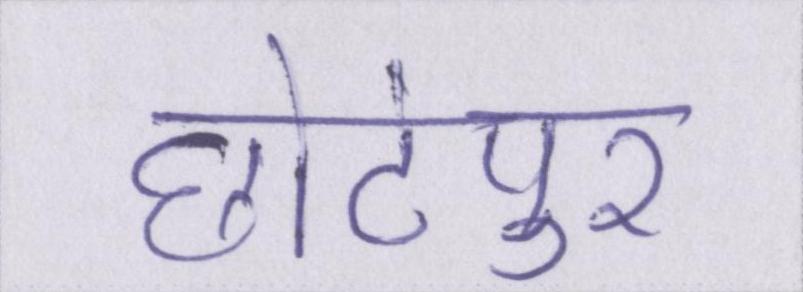
छोटेपुर